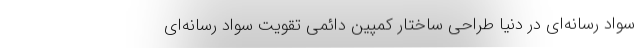
سواد رسانه‌ای در دنیا طراحی ساختار کمپین دائمی تقویت سواد رسانه‌ای